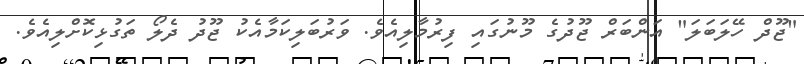
"ޖޫދް ހޭލަބަލަ" އަންބަރް ޖޫދުގެ މޫނުގައި ފިރުމާލިއެވެ. ވަރުބަލިކަމާއެކު ޖޫދު ދެލޯ ތަގުޅިކޮށްލިއެވެ.